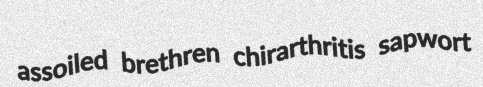
assoiled brethren chirarthritis sapwort